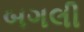
બગલી